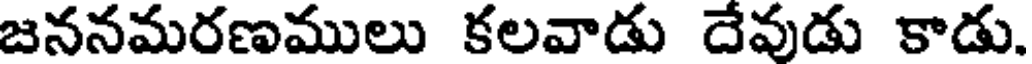
జననమరణములు కలవాడు దేవుడు కాడు.